Vaccination in Bombay 1913-1923 - 1913-1923
Year: 1913
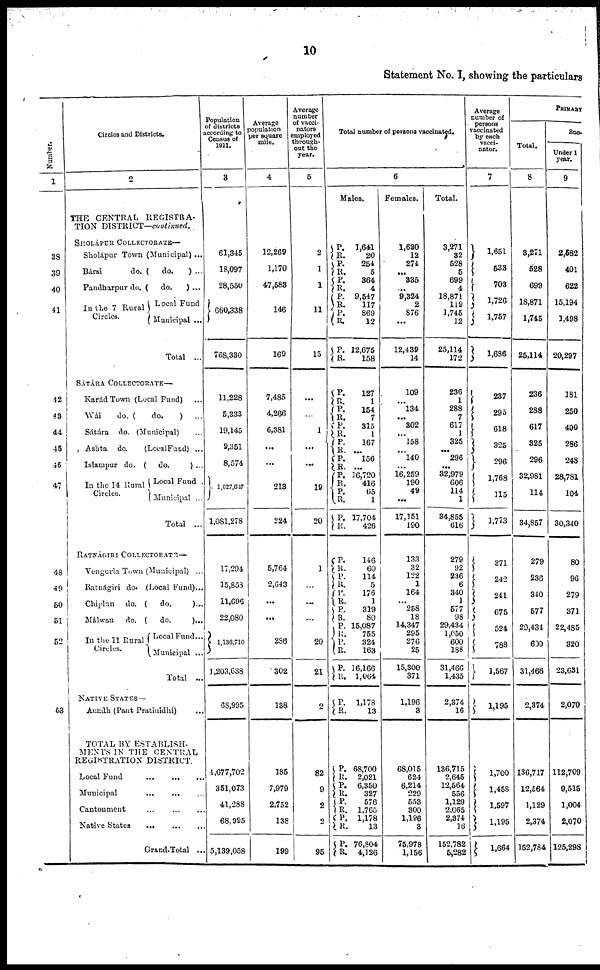
10
Statement No. I, showing the particulars
Number.
1
38
39
40
41
42
43
44
45
46
47
48
49
50
51
52
53
Circles and Districts.
2
THE CENTRAL REGISTRA-
TION DISTRICT—continued.
SHOLÁPUR COLLECTORATE—
Sholápur Town (Municipal) ...
Bársi
do. (
do.
) ...
Pandharpur do. (
do.
) ...
In the 7 Rural
Circles.
Local Fund
Municipal ...
Total ...
SÁTÁRA COLLECTORATE—
Karád Town (Local Fund) ...
Wái
do. (
do.
)
...
Sátára do. (Municipal) ...
Ashta do.
(Local Fund) ...
Islampur do. ( do.
) ...
In the 14 Rural
Circles.
Local Fund .
Municipal ...
Total ...
RATNÁGIRI COLLECTORATE—
Vengurla Town (Municipal) ...
Ratnágiri do. (Local Fund)...
Chiplun do. ( do.
)...
Málwan
do. ( do.
)...
In the 11 Rural
Circles.
Local Fund ...
Municipal ...
Total ...
NATIVE STATES—
Aundh (Pant Pratinidhi) ...
TOTAL BY ESTABLISH-
MENTS IN THE CENTRAL
REGISTRATION DISTRICT.
Local Fund
...
...
...
Municipal
...
...
...
Cantonment
...
...
...
Native States
...
...
...
Grand Total ...
Population
of districts
according to
Census of
1911.
3
61,345
18,097
28,550
660,338
768,330
11,228
5,333
19,145
9,351
8,574
1,027,647
1,081,278
17,294
15,858
11,696
22,080
1,136,710
1,203,638
68,995
4,677,702
351,073
41,288
68,995
5,139,058
Average
population
per square
mile.
4
12,269
1,170
47,583
146
169
7,485
4,266
6,381
...
...
213
224
5,764
2,643
...
...
286
302
138
185
7,979
2,752
138
199
Average
number
of vacci-
nators
employed
through-
out the
year.
5
2
1
1
11
15
...
...
1
...
...
19
20
1
...
...
...
20
21
2
82
9
2
2
95
Total number of persons vaccinated.
6
Males.
P.
R.
P.
R. P.
R.
P.
R.
P.
R.
P.
R.
P.
R.
P. R.
P.
R.
P.
R.
P.
R.
P.
R.
P. R.
P.
R.
P.
R.
P.
R.
P. R.
P.
R. P.
R.
P.
R.
P.
R.
P.
R.
P. R.
P.
R. P.
R. P.
R.
P.
R.
1,641
20
254
5
364
4
9,547
117
869
12
12,675
158
127
1
154
7
315
1
167
...
156
...
16,720
416
65
1
17,704
426
146
60
114
5
176
1
319
80
15,087
755
324
163
16,166
1,064
1,178
13
68,700
2,021
6,350
327
576
1,765
1,178
13
76,804
4,126
Females.
1,630
12
274
...
335
...
9,324
2
876
...
12,432
14
109
...
134
...
302
...
158
...
140
...
16,259
190
49
...
17,151
190
133
32
122
1
164
...
258
18
14,347
295
276
25
15,300
371
1,196
3
68,015
624
6,214
229
553
300
1,196
3
75,978
1,156
Total.
3,271
32
528
5
699
4
18,871
119
1,745
12
25,114
172
236
1
288
7
617
1
325
...
296
...
32,979
606
114
1
34,855
616
279
92
236
6
340
1
577
98
29,434
1,050
600
188
31,466
1,435
2,374
16
136,715
2,645
12,564
556
1,129
2,065
2,374
16
152,782
5,282
Average
number of
persons
vaccinated
by each
vacci-
nator.
7
1,651
533
703
1,726
1,757
1,686
237
295
618
325
296
1,768
115
1,773
371
242
241
675
524
788
1,567
1,195
1,700
1,458
1,597
1,195
1,664
PRIMARY
Total.
8
3,271
528
699
18,871
1,745
25,114
236
288
617
325
296
32,981
114
34,857
279
236
340
577
29,434
600
31,466
2,374
136,717
12,564
1,129
2,374
152,784
Suc-
Under 1
year.
9
2,582
401
622
15,194
1,498
20,297
181
250
490
286
248
28,781
104
30,340
80
96
279
371
22,485
320
23,631
2,070
112,709
9,515
1,004
2,070
125,298